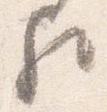
歟